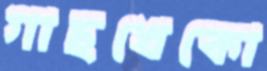
গাছখেকো